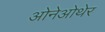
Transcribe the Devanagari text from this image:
ओनेओथेर